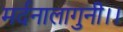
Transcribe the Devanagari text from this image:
मर्दनालागुनी।।